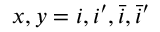
x , y = i , i ^ { \prime } , \bar { i } , \bar { i } ^ { \prime }